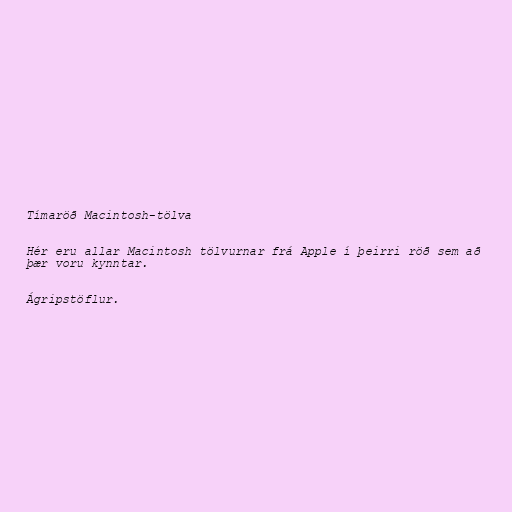
Tímaröð Macintosh-tölva

Hér eru allar Macintosh tölvurnar frá Apple í þeirri röð sem að
þær voru kynntar.

Ágripstöflur.